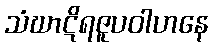
သံဃာဋိရဇူပဝါဟနေ